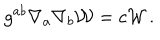
LaTeX: g ^ { a b } \nabla _ { a } \nabla _ { b } { \cal W } = c { \cal W } \, .